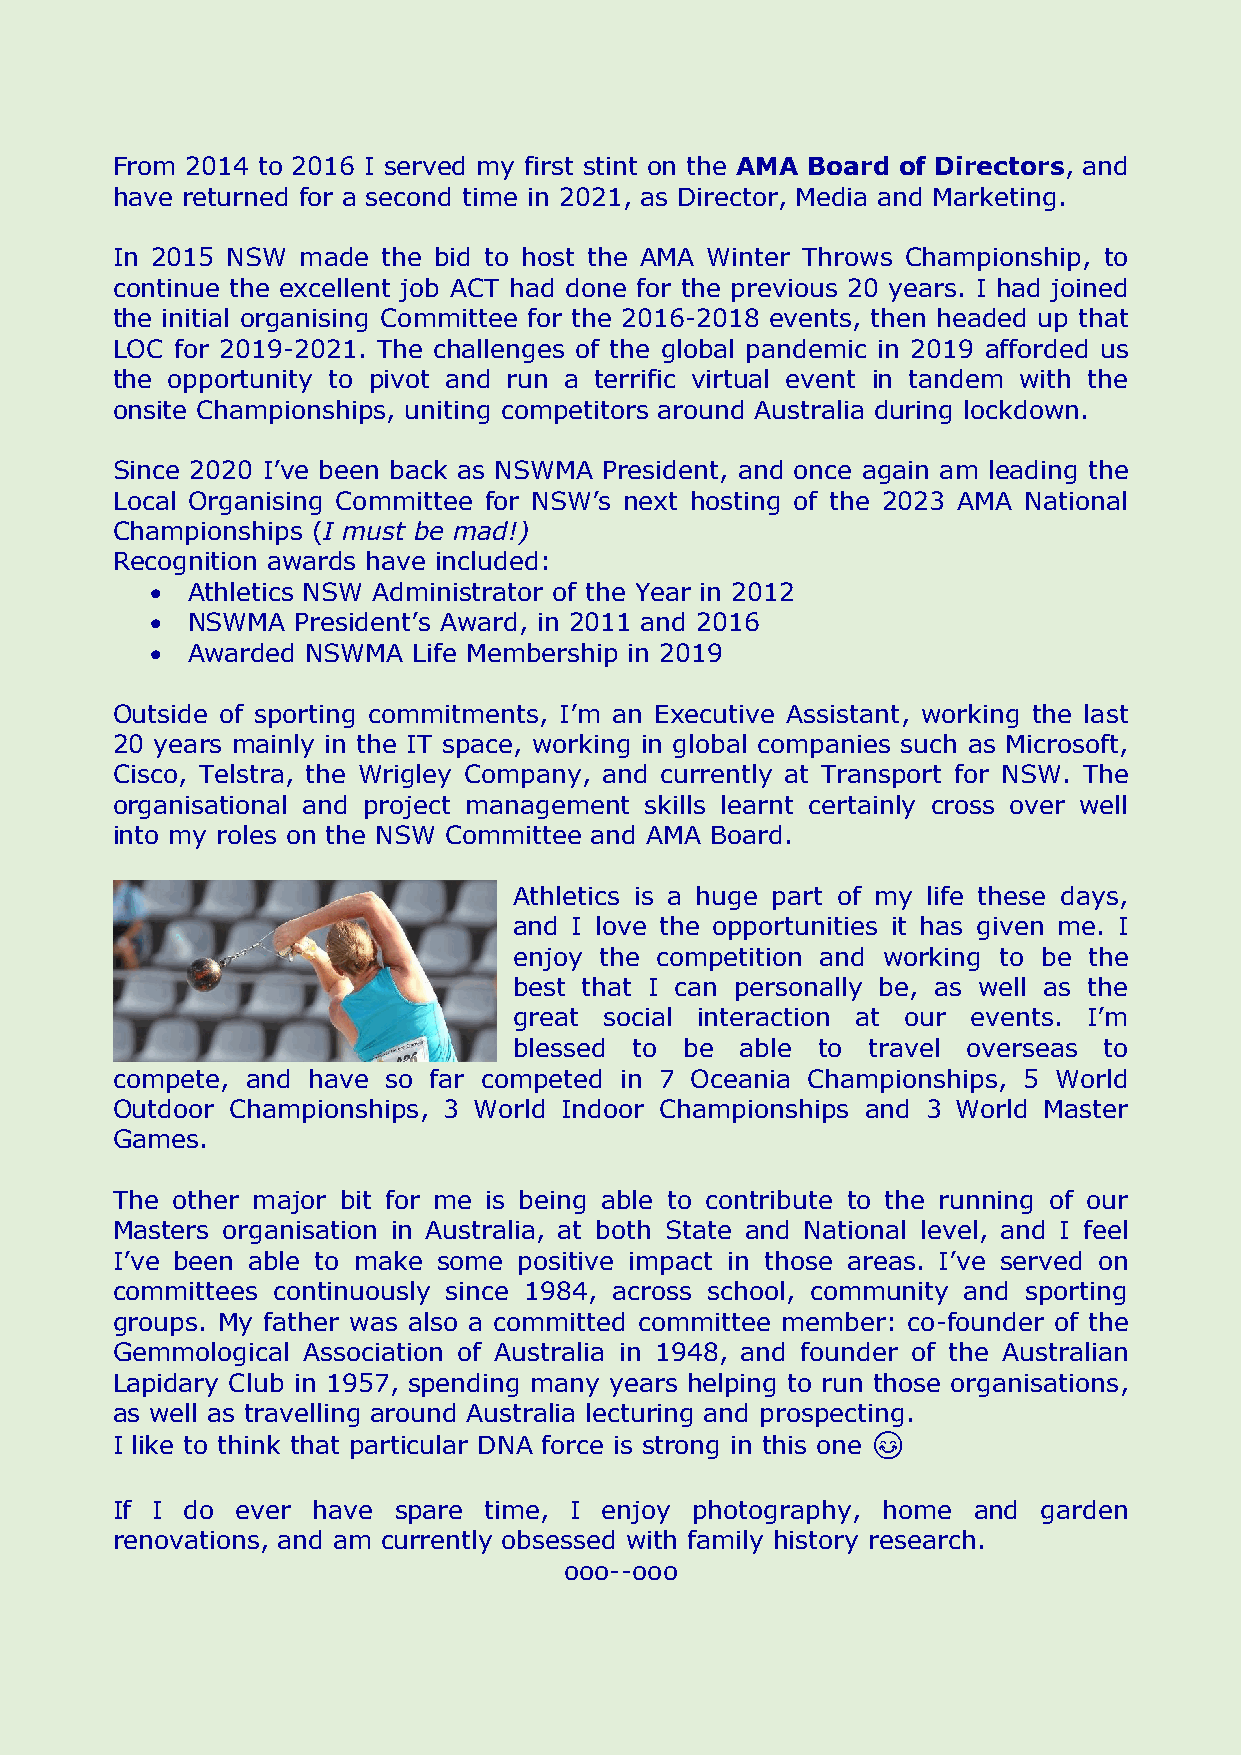
From 2014 to 2016 I served my first stint on the AMA Board of Directors, and
 have returned for a second time in 2021, as Director, Media and Marketing.
 In 2015 NSW  made the bid to host the AMA Winter Throws Championship, to
 continue the excellent job ACT had done for the previous 20 years. I had joined
 the initial organising Committee for the 2016-2018 events, then headed up that
 LOC  for 2019-2021. The challenges of the global pandemic in 2019 afforded us
 the opportunity to pivot and run a terrific virtual event in tandem with the
 onsite Championships, uniting competitors around Australia during lockdown.
 Since 2020 I’ve been back as NSWMA President, and once again am leading the
 Local Organising Committee for NSW’s next hosting of the 2023 AMA National
 Championships (I must be mad!)
 Recognition awards have included:
 • Athletics NSW Administrator of the Year in 2012
 • NSWMA   President’s Award, in 2011 and 2016
 • Awarded NSWMA  Life Membership in 2019
 Outside of sporting commitments, I’m an Executive Assistant, working the last
 20 years mainly in the IT space, working in global companies such as Microsoft,
 Cisco, Telstra, the Wrigley Company, and currently at Transport for NSW. The
 organisational and project management skills learnt certainly cross over well
 into my roles on the NSW Committee and AMA Board.
 Athletics is a huge part of my life these days,
 and I love the opportunities it has given me. I
 enjoy the competition and working to be the
 best that I can personally be, as well as the
 great social interaction at our events. I’m
 blessed to be  able to travel overseas to
 compete, and have so far competed in 7 Oceania Championships, 5 World
 Outdoor Championships, 3 World Indoor Championships and 3 World Master
 Games.
 The other major bit for me is being able to contribute to the running of our
 Masters organisation in Australia, at both State and National level, and I feel
 I’ve been able to make some positive impact in those areas. I’ve served on
 committees continuously since 1984, across school, community and sporting
 groups. My father was also a committed committee member: co-founder of the
 Gemmological Association of Australia in 1948, and founder of the Australian
 Lapidary Club in 1957, spending many years helping to run those organisations,
 as well as travelling around Australia lecturing and prospecting.
 I like to think that particular DNA force is strong in this one 😊
 If I do  ever have spare time, I enjoy photography, home and  garden
 renovations, and am currently obsessed with family history research.
 ooo--ooo